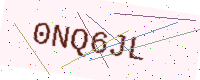
Text: 0NQ6JL